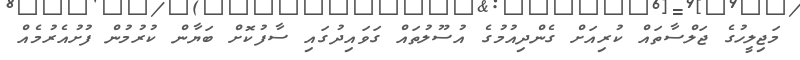
މަޖިލީހުގެ ޖަލްސާތައް ކުރިއަށް ގެންދިއުމުގެ އުސޫލުތައް ގަވައިދުގައި ސާފުކޮށް ބަޔާން ކުރުމުން ފުށުއެރުމެއް